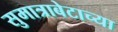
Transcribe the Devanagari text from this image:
सुमात्राबेटाच्या